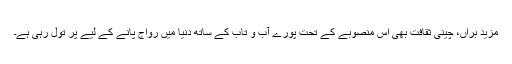
مزید براں، چینی ثقافت بھی اس منصوبے کے تحت پورے آب و تاب کے ساتھ دنیا میں رواج پانے کے لیے پر تول رہی ہے۔